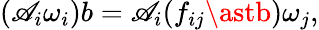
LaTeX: (\mathscr{A}_{i}\omega_{i})b=\mathscr{A}_{i}(f_{ij}\astb)\omega_{j},